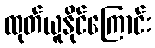
ထုတ်ယူနိုင်ကြောင်း